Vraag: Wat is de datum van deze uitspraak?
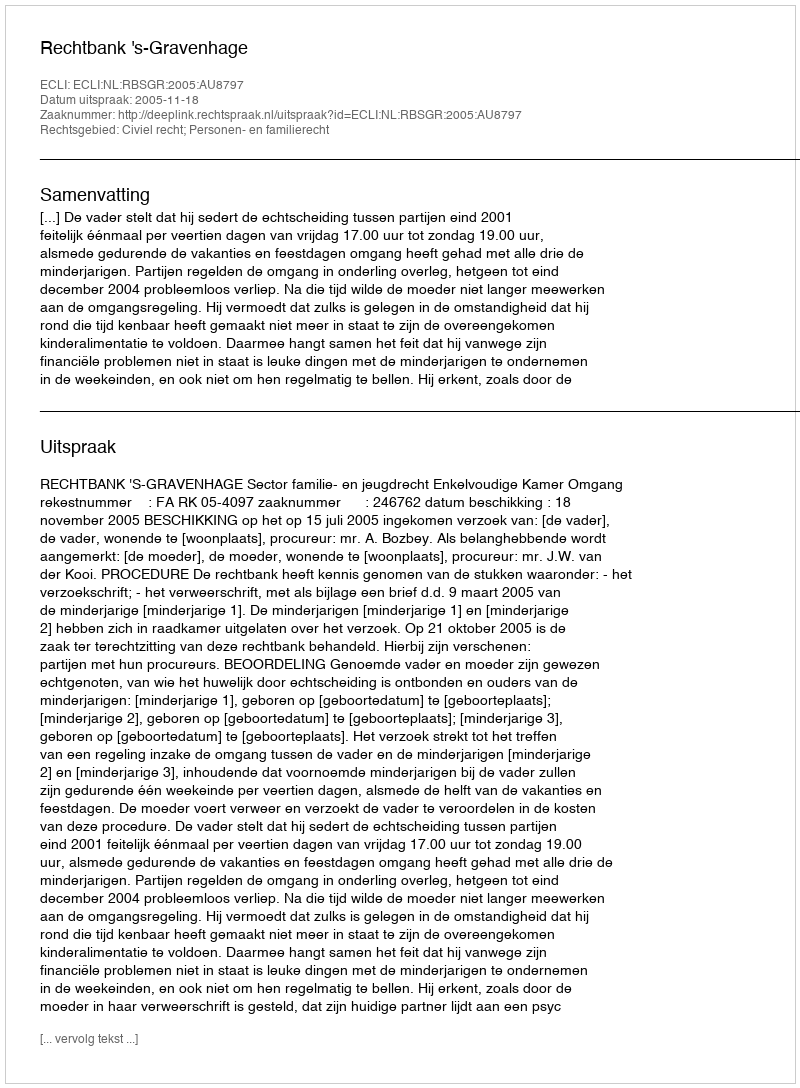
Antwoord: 2005-11-18